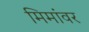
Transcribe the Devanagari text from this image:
मिमांवर